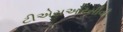
ટીએસઆરસીવી